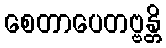
စေတာပေတဗ္ဗန္တိ